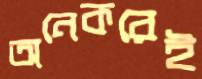
অনেকরেই